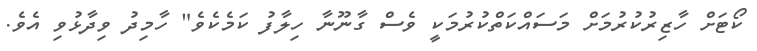
ކޯޓަށް ހާޒިރުކުރުމަށް މަސައްކަތްކުރުމަކީ ވެސް ގާނޫނާ ހިލާފު ކަމެކެވެ" ހާމިދު ވިދާޅުވި އެވެ.